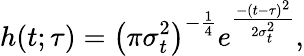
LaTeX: h(t;\tau)=\left(\pi\sigma_{t}^{2}\right)^{-\frac{1}{4}}e^{\frac{-(t-\tau)^{2}}{2\sigma_{t}^{2}}},